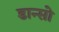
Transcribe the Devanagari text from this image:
डान्सो